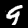
Label: 9